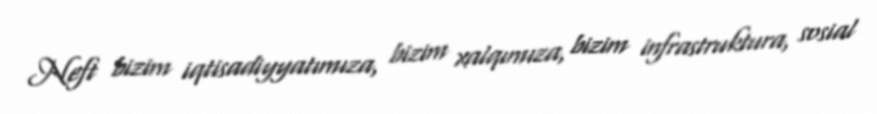
Neft bizim iqtisadiyyatımıza, bizim xalqımıza, bizim infrastruktura, sosial